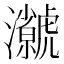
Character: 𭳳